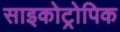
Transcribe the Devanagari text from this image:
साइकोट्रोपिक